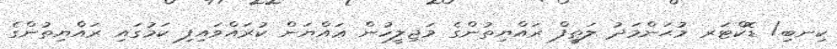
ކިނބި/ ޑޮކްޓަރ މުޙަންމަދު ލަޠީފް ރައްޔިތުންގެ މަޖިލީހުން ޢައްޔަން ކުރައްވައިފި ކަމުގައި ރައްޔިތުންގެ